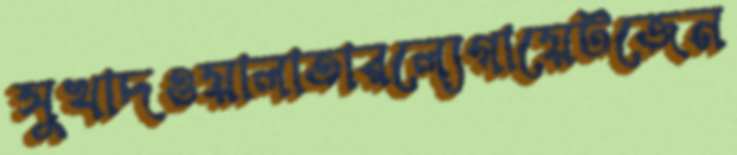
সুখাদওয়ালাতারল্যেগায়েটজেন